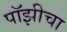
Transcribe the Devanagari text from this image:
पॉझीचा